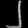
Digit: ၂